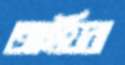
আইয়িরা